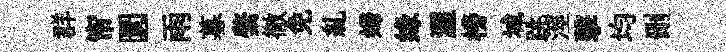
群帘圜雨募綮徹免糺婦缘渥榜城跳涇擊均删